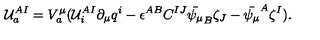
{ \cal U } _ { a } ^ { A I } = V _ { a } ^ { \mu } ( { \cal U } _ { i } ^ { A I } \partial _ { \mu } q ^ { i } - \epsilon ^ { A B } C ^ { I J } \bar { \psi _ { \mu } } _ { B } \zeta _ { J } - \bar { \psi _ { \mu } } ^ { A } \zeta ^ { I } ) .